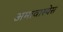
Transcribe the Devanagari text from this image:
अमावास्येस